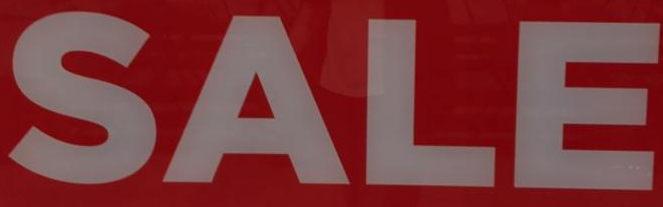
SALE